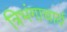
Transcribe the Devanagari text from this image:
त्रिभंगाचार्य